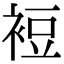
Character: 裋